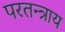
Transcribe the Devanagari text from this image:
परतन्त्राय